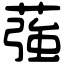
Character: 蔃